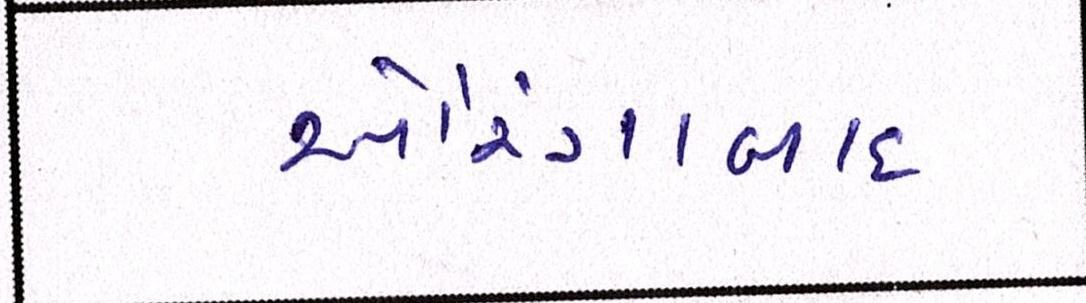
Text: ઔરંગાબાદ